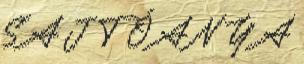
S A J T Ó A N Y A